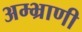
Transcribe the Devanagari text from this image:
अम्भ्राणी